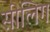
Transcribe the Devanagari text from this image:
सीलिग